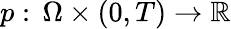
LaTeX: p:\, \Omega\times(0,T)\to\mathbb R